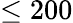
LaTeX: \leq 200